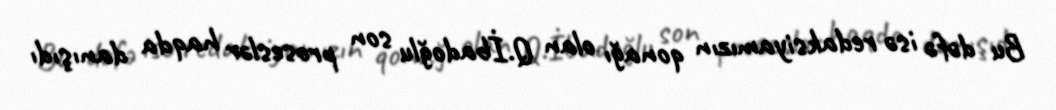
Bu dəfə isə redaksiyamızın qonağı olan Q.İbadoğlu son proseslər haqda danışıdı